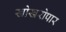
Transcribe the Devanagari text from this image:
खोखरोपार